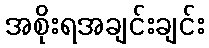
အစိုးရအချင်းချင်း